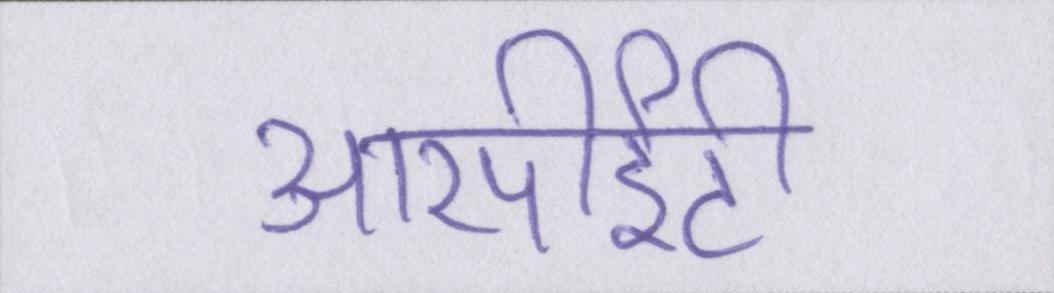
आरपीईटी